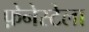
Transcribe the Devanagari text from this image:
फ़ेनेस्टेला